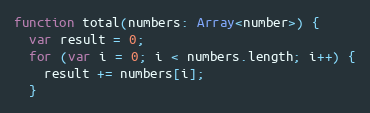
Language: JavaScript
function total(numbers: Array<number>) {
  var result = 0;
  for (var i = 0; i < numbers.length; i++) {
    result += numbers[i];
  }